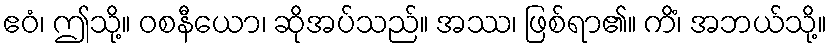
ဧဝံ၊ ဤသို့။ ဝစနီယော၊ ဆိုအပ်သည်။ အဿ၊ ဖြစ်ရာ၏။ ကိံ၊ အဘယ်သို့။